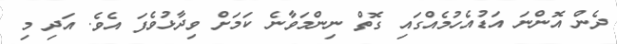
ދެން އޮންނަ އަޑުއެހުމެއްގައި ގޮތް ނިންމަވާނެ ކަމަށް ވިދާޅުވެފަ އެވެ. އަދި މި